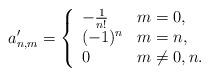
LaTeX: \begin{align*} a'_{n,m}=\left\{ \begin{array}{ll} -\frac{1}{n!} & m=0,\\ (-1)^n & m=n,\\ 0 & m\neq 0,n. \end{array}\right.\end{align*}